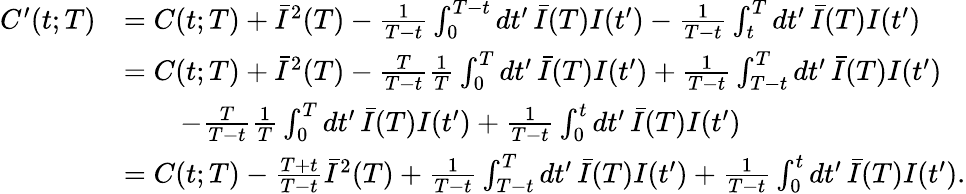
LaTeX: \begin{array}{rl}{C^{\prime}(t;T)}&{=C(t;T)+\bar{I}^{2}(T)-\frac{1}{T-t}\int_{0}^{T-t}dt^{\prime}\, \bar{I}(T)I(t^{\prime})-\frac{1}{T-t}\int_{t}^{T}dt^{\prime}\, \bar{I}(T)I(t^{\prime})}\\ &{=C(t;T)+\bar{I}^{2}(T)-\frac{T}{T-t}\frac{1}{T}\int_{0}^{T}dt^{\prime}\, \bar{I}(T)I(t^{\prime})+\frac{1}{T-t}\int_{T-t}^{T}dt^{\prime}\, \bar{I}(T)I(t^{\prime})}\\ &{\qquad-\frac{T}{T-t}\frac{1}{T}\int_{0}^{T}dt^{\prime}\, \bar{I}(T)I(t^{\prime})+\frac{1}{T-t}\int_{0}^{t}dt^{\prime}\, \bar{I}(T)I(t^{\prime})}\\ &{=C(t;T)-\frac{T+t}{T-t}\bar{I}^{2}(T)+\frac{1}{T-t}\int_{T-t}^{T}dt^{\prime}\, \bar{I}(T)I(t^{\prime})+\frac{1}{T-t}\int_{0}^{t}dt^{\prime}\, \bar{I}(T)I(t^{\prime}).}\end{array}